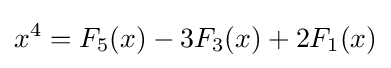
x^{4}=F_{5}(x)-3F_{3}(x)+2F_{1}(x)